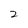
Character: 2